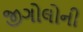
જીગોલોની